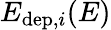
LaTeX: E_{\mathrm{dep},i}(E)